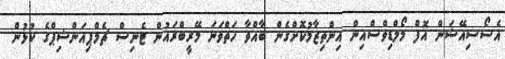
އެސޯސިއޭޝަން އޮފް މޯލްޑިވްސްއިން އިންތިޒާމުކޮށްގެން ބާއްވާ ހަތްވަނަ މޭރީބްރައުން ޓެނިސް ޗެމްޕިއަންޝިޕްގެ ކުޅުން